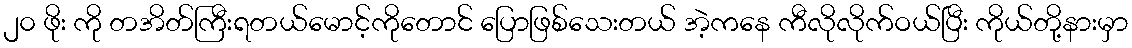
၂၀ ဖိုး ကို တအိတ်ကြီးရတယ်မောင့်ကိုတောင် ပြောဖြစ်သေးတယ် အဲ့ကနေ ကီလိုလိုက်ဝယ်ပြီး ကိုယ်တို့နားမှာ